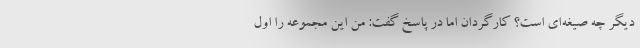
دیگر چه صیغه‌ای است؟ کارگردان اما در پاسخ گفت: من این مجموعه را اول